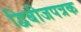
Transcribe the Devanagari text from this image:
द्विबीजपत्रक